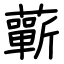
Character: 蘄